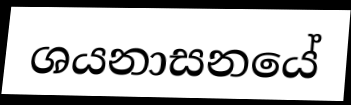
ශයනාසනයේ